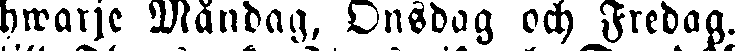
hwarje Måndag, Onsdag och Fredag.